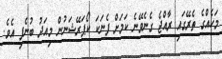
މަހެއްގެ ތެރޭގައި ރާއްޖެ ގެނެވޭނެ ކަމަށް ފެނަކަ ކޯޕަރޭޝަނުން މިއަދު ބުނެފި އެވެ.